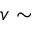
v \sim